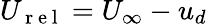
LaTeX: U_{\mathrm{~r~e~l~}}=U_{\infty}-u_{d}